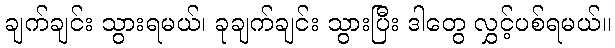
ချက်ချင်း သွားရမယ်၊ ခုချက်ချင်း သွားပြီး ဒါတွေ လွှင့်ပစ်ရမယ်။